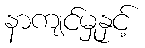
နာကျင်မှုနှင့်